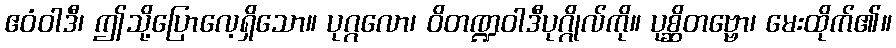
ဧဝံဝါဒီ၊ ဤသို့ပြောလေ့ရှိသော။ ပုဂ္ဂလော၊ ဝိတဏ္ဍဝါဒီပုဂ္ဂိုလ်ကို။ ပုစ္ဆိတဗ္ဗော၊ မေးထိုက်၏။